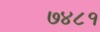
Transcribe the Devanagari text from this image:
७४८१